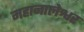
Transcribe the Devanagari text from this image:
महानालेश्वर